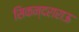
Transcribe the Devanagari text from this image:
सिकन्‍दराराऊ